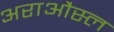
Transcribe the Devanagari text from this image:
अराऔस्ल